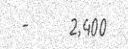
-     2